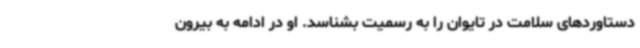
دستاوردهای سلامت در تایوان را به رسمیت بشناسد. او در ادامه به بیرون